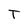
Character: T